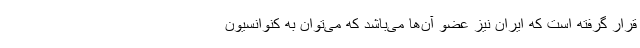
قرار گرفته است که ایران نیز عضو آن‌ها می‌باشد که می‌توان به کنوانسیون